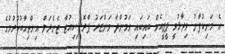
އެ މަނިކުފާނު ވިދާޅުވީ ޕީޕީއެމް ބައިބައި ވަމުންދާ މަންޒަރު ޕްރޮސިކިއުޓާ ޖެނެރަލް އިންތިހާބުކުރުމުގެ